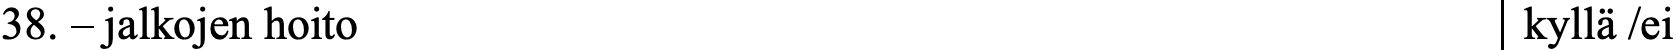
38. – jalkojen hoito                              kyllä /ei